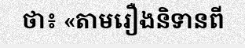
ថា៖ «តាមរឿងនិទានពី